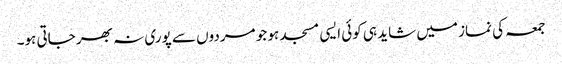
جمعہ کی نماز میں شاید ہی کوئی ایسی مسجد ہو جو مردوں سے پوری نہ بھر جاتی ہو۔